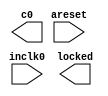
// megafunction wizard: %ALTPLL%VBB%
// GENERATION: STANDARD
// VERSION: WM1.0
// MODULE: altpll 

// ============================================================
// Megafunction Name(s):
// 			altpll
//
// Simulation Library Files(s):
// 			altera_mf
// ============================================================
// ************************************************************
// THIS IS A WIZARD-GENERATED FILE. DO NOT EDIT THIS FILE!
//
// 17.0.0 Build 595 04/25/2017 SJ Lite Edition
// ************************************************************

//Copyright (C) 2017  Intel Corporation. All rights reserved.
//Your use of Intel Corporation's design tools, logic functions 
//and other software and tools, and its AMPP partner logic 
//functions, and any output files from any of the foregoing 
//(including device programming or simulation files), and any 
//associated documentation or information are expressly subject 
//to the terms and conditions of the Intel Program License 
//Subscription Agreement, the Intel Quartus Prime License Agreement,
//the Intel MegaCore Function License Agreement, or other 
//applicable license agreement, including, without limitation, 
//that your use is for the sole purpose of programming logic 
//devices manufactured by Intel and sold by Intel or its 
//authorized distributors.  Please refer to the applicable 
//agreement for further details.

module pll_12bit_44_1kHz (
	areset,
	inclk0,
	c0,
	locked);

	input	  areset;
	input	  inclk0;
	output	  c0;
	output	  locked;
`ifndef ALTERA_RESERVED_QIS
// synopsys translate_off
`endif
	tri0	  areset;
`ifndef ALTERA_RESERVED_QIS
// synopsys translate_on
`endif

endmodule

// ============================================================
// CNX file retrieval info
// ============================================================
// Retrieval info: PRIVATE: ACTIVECLK_CHECK STRING "0"
// Retrieval info: PRIVATE: BANDWIDTH STRING "1.000"
// Retrieval info: PRIVATE: BANDWIDTH_FEATURE_ENABLED STRING "1"
// Retrieval info: PRIVATE: BANDWIDTH_FREQ_UNIT STRING "MHz"
// Retrieval info: PRIVATE: BANDWIDTH_PRESET STRING "Low"
// Retrieval info: PRIVATE: BANDWIDTH_USE_AUTO STRING "1"
// Retrieval info: PRIVATE: BANDWIDTH_USE_PRESET STRING "0"
// Retrieval info: PRIVATE: CLKBAD_SWITCHOVER_CHECK STRING "0"
// Retrieval info: PRIVATE: CLKLOSS_CHECK STRING "0"
// Retrieval info: PRIVATE: CLKSWITCH_CHECK STRING "0"
// Retrieval info: PRIVATE: CNX_NO_COMPENSATE_RADIO STRING "0"
// Retrieval info: PRIVATE: CREATE_CLKBAD_CHECK STRING "0"
// Retrieval info: PRIVATE: CREATE_INCLK1_CHECK STRING "0"
// Retrieval info: PRIVATE: CUR_DEDICATED_CLK STRING "c0"
// Retrieval info: PRIVATE: CUR_FBIN_CLK STRING "c0"
// Retrieval info: PRIVATE: DEVICE_SPEED_GRADE STRING "8"
// Retrieval info: PRIVATE: DIV_FACTOR0 NUMERIC "1"
// Retrieval info: PRIVATE: DUTY_CYCLE0 STRING "50.00000000"
// Retrieval info: PRIVATE: EFF_OUTPUT_FREQ_VALUE0 STRING "180.633606"
// Retrieval info: PRIVATE: EXPLICIT_SWITCHOVER_COUNTER STRING "0"
// Retrieval info: PRIVATE: EXT_FEEDBACK_RADIO STRING "0"
// Retrieval info: PRIVATE: GLOCKED_COUNTER_EDIT_CHANGED STRING "1"
// Retrieval info: PRIVATE: GLOCKED_FEATURE_ENABLED STRING "0"
// Retrieval info: PRIVATE: GLOCKED_MODE_CHECK STRING "0"
// Retrieval info: PRIVATE: GLOCK_COUNTER_EDIT NUMERIC "1048575"
// Retrieval info: PRIVATE: HAS_MANUAL_SWITCHOVER STRING "1"
// Retrieval info: PRIVATE: INCLK0_FREQ_EDIT STRING "50.000"
// Retrieval info: PRIVATE: INCLK0_FREQ_UNIT_COMBO STRING "MHz"
// Retrieval info: PRIVATE: INCLK1_FREQ_EDIT STRING "100.000"
// Retrieval info: PRIVATE: INCLK1_FREQ_EDIT_CHANGED STRING "1"
// Retrieval info: PRIVATE: INCLK1_FREQ_UNIT_CHANGED STRING "1"
// Retrieval info: PRIVATE: INCLK1_FREQ_UNIT_COMBO STRING "MHz"
// Retrieval info: PRIVATE: INTENDED_DEVICE_FAMILY STRING "Cyclone IV E"
// Retrieval info: PRIVATE: INT_FEEDBACK__MODE_RADIO STRING "1"
// Retrieval info: PRIVATE: LOCKED_OUTPUT_CHECK STRING "1"
// Retrieval info: PRIVATE: LONG_SCAN_RADIO STRING "1"
// Retrieval info: PRIVATE: LVDS_MODE_DATA_RATE STRING "Not Available"
// Retrieval info: PRIVATE: LVDS_MODE_DATA_RATE_DIRTY NUMERIC "0"
// Retrieval info: PRIVATE: LVDS_PHASE_SHIFT_UNIT0 STRING "deg"
// Retrieval info: PRIVATE: MIG_DEVICE_SPEED_GRADE STRING "Any"
// Retrieval info: PRIVATE: MIRROR_CLK0 STRING "0"
// Retrieval info: PRIVATE: MULT_FACTOR0 NUMERIC "1"
// Retrieval info: PRIVATE: NORMAL_MODE_RADIO STRING "1"
// Retrieval info: PRIVATE: OUTPUT_FREQ0 STRING "180.63360000"
// Retrieval info: PRIVATE: OUTPUT_FREQ_MODE0 STRING "1"
// Retrieval info: PRIVATE: OUTPUT_FREQ_UNIT0 STRING "MHz"
// Retrieval info: PRIVATE: PHASE_RECONFIG_FEATURE_ENABLED STRING "1"
// Retrieval info: PRIVATE: PHASE_RECONFIG_INPUTS_CHECK STRING "0"
// Retrieval info: PRIVATE: PHASE_SHIFT0 STRING "0.00000000"
// Retrieval info: PRIVATE: PHASE_SHIFT_STEP_ENABLED_CHECK STRING "0"
// Retrieval info: PRIVATE: PHASE_SHIFT_UNIT0 STRING "deg"
// Retrieval info: PRIVATE: PLL_ADVANCED_PARAM_CHECK STRING "0"
// Retrieval info: PRIVATE: PLL_ARESET_CHECK STRING "1"
// Retrieval info: PRIVATE: PLL_AUTOPLL_CHECK NUMERIC "1"
// Retrieval info: PRIVATE: PLL_ENHPLL_CHECK NUMERIC "0"
// Retrieval info: PRIVATE: PLL_FASTPLL_CHECK NUMERIC "0"
// Retrieval info: PRIVATE: PLL_FBMIMIC_CHECK STRING "0"
// Retrieval info: PRIVATE: PLL_LVDS_PLL_CHECK NUMERIC "0"
// Retrieval info: PRIVATE: PLL_PFDENA_CHECK STRING "0"
// Retrieval info: PRIVATE: PLL_TARGET_HARCOPY_CHECK NUMERIC "0"
// Retrieval info: PRIVATE: PRIMARY_CLK_COMBO STRING "inclk0"
// Retrieval info: PRIVATE: RECONFIG_FILE STRING "pll_12bit_44_1kHz.mif"
// Retrieval info: PRIVATE: SACN_INPUTS_CHECK STRING "0"
// Retrieval info: PRIVATE: SCAN_FEATURE_ENABLED STRING "1"
// Retrieval info: PRIVATE: SELF_RESET_LOCK_LOSS STRING "0"
// Retrieval info: PRIVATE: SHORT_SCAN_RADIO STRING "0"
// Retrieval info: PRIVATE: SPREAD_FEATURE_ENABLED STRING "0"
// Retrieval info: PRIVATE: SPREAD_FREQ STRING "50.000"
// Retrieval info: PRIVATE: SPREAD_FREQ_UNIT STRING "KHz"
// Retrieval info: PRIVATE: SPREAD_PERCENT STRING "0.500"
// Retrieval info: PRIVATE: SPREAD_USE STRING "0"
// Retrieval info: PRIVATE: SRC_SYNCH_COMP_RADIO STRING "0"
// Retrieval info: PRIVATE: STICKY_CLK0 STRING "1"
// Retrieval info: PRIVATE: SWITCHOVER_COUNT_EDIT NUMERIC "1"
// Retrieval info: PRIVATE: SWITCHOVER_FEATURE_ENABLED STRING "1"
// Retrieval info: PRIVATE: SYNTH_WRAPPER_GEN_POSTFIX STRING "0"
// Retrieval info: PRIVATE: USE_CLK0 STRING "1"
// Retrieval info: PRIVATE: USE_CLKENA0 STRING "0"
// Retrieval info: PRIVATE: USE_MIL_SPEED_GRADE NUMERIC "0"
// Retrieval info: PRIVATE: ZERO_DELAY_RADIO STRING "0"
// Retrieval info: LIBRARY: altera_mf altera_mf.altera_mf_components.all
// Retrieval info: CONSTANT: BANDWIDTH_TYPE STRING "AUTO"
// Retrieval info: CONSTANT: CLK0_DIVIDE_BY NUMERIC "15625"
// Retrieval info: CONSTANT: CLK0_DUTY_CYCLE NUMERIC "50"
// Retrieval info: CONSTANT: CLK0_MULTIPLY_BY NUMERIC "56448"
// Retrieval info: CONSTANT: CLK0_PHASE_SHIFT STRING "0"
// Retrieval info: CONSTANT: COMPENSATE_CLOCK STRING "CLK0"
// Retrieval info: CONSTANT: INCLK0_INPUT_FREQUENCY NUMERIC "20000"
// Retrieval info: CONSTANT: INTENDED_DEVICE_FAMILY STRING "Cyclone IV E"
// Retrieval info: CONSTANT: LPM_TYPE STRING "altpll"
// Retrieval info: CONSTANT: OPERATION_MODE STRING "NORMAL"
// Retrieval info: CONSTANT: PLL_TYPE STRING "AUTO"
// Retrieval info: CONSTANT: PORT_ACTIVECLOCK STRING "PORT_UNUSED"
// Retrieval info: CONSTANT: PORT_ARESET STRING "PORT_USED"
// Retrieval info: CONSTANT: PORT_CLKBAD0 STRING "PORT_UNUSED"
// Retrieval info: CONSTANT: PORT_CLKBAD1 STRING "PORT_UNUSED"
// Retrieval info: CONSTANT: PORT_CLKLOSS STRING "PORT_UNUSED"
// Retrieval info: CONSTANT: PORT_CLKSWITCH STRING "PORT_UNUSED"
// Retrieval info: CONSTANT: PORT_CONFIGUPDATE STRING "PORT_UNUSED"
// Retrieval info: CONSTANT: PORT_FBIN STRING "PORT_UNUSED"
// Retrieval info: CONSTANT: PORT_INCLK0 STRING "PORT_USED"
// Retrieval info: CONSTANT: PORT_INCLK1 STRING "PORT_UNUSED"
// Retrieval info: CONSTANT: PORT_LOCKED STRING "PORT_USED"
// Retrieval info: CONSTANT: PORT_PFDENA STRING "PORT_UNUSED"
// Retrieval info: CONSTANT: PORT_PHASECOUNTERSELECT STRING "PORT_UNUSED"
// Retrieval info: CONSTANT: PORT_PHASEDONE STRING "PORT_UNUSED"
// Retrieval info: CONSTANT: PORT_PHASESTEP STRING "PORT_UNUSED"
// Retrieval info: CONSTANT: PORT_PHASEUPDOWN STRING "PORT_UNUSED"
// Retrieval info: CONSTANT: PORT_PLLENA STRING "PORT_UNUSED"
// Retrieval info: CONSTANT: PORT_SCANACLR STRING "PORT_UNUSED"
// Retrieval info: CONSTANT: PORT_SCANCLK STRING "PORT_UNUSED"
// Retrieval info: CONSTANT: PORT_SCANCLKENA STRING "PORT_UNUSED"
// Retrieval info: CONSTANT: PORT_SCANDATA STRING "PORT_UNUSED"
// Retrieval info: CONSTANT: PORT_SCANDATAOUT STRING "PORT_UNUSED"
// Retrieval info: CONSTANT: PORT_SCANDONE STRING "PORT_UNUSED"
// Retrieval info: CONSTANT: PORT_SCANREAD STRING "PORT_UNUSED"
// Retrieval info: CONSTANT: PORT_SCANWRITE STRING "PORT_UNUSED"
// Retrieval info: CONSTANT: PORT_clk0 STRING "PORT_USED"
// Retrieval info: CONSTANT: PORT_clk1 STRING "PORT_UNUSED"
// Retrieval info: CONSTANT: PORT_clk2 STRING "PORT_UNUSED"
// Retrieval info: CONSTANT: PORT_clk3 STRING "PORT_UNUSED"
// Retrieval info: CONSTANT: PORT_clk4 STRING "PORT_UNUSED"
// Retrieval info: CONSTANT: PORT_clk5 STRING "PORT_UNUSED"
// Retrieval info: CONSTANT: PORT_clkena0 STRING "PORT_UNUSED"
// Retrieval info: CONSTANT: PORT_clkena1 STRING "PORT_UNUSED"
// Retrieval info: CONSTANT: PORT_clkena2 STRING "PORT_UNUSED"
// Retrieval info: CONSTANT: PORT_clkena3 STRING "PORT_UNUSED"
// Retrieval info: CONSTANT: PORT_clkena4 STRING "PORT_UNUSED"
// Retrieval info: CONSTANT: PORT_clkena5 STRING "PORT_UNUSED"
// Retrieval info: CONSTANT: PORT_extclk0 STRING "PORT_UNUSED"
// Retrieval info: CONSTANT: PORT_extclk1 STRING "PORT_UNUSED"
// Retrieval info: CONSTANT: PORT_extclk2 STRING "PORT_UNUSED"
// Retrieval info: CONSTANT: PORT_extclk3 STRING "PORT_UNUSED"
// Retrieval info: CONSTANT: SELF_RESET_ON_LOSS_LOCK STRING "OFF"
// Retrieval info: CONSTANT: WIDTH_CLOCK NUMERIC "5"
// Retrieval info: USED_PORT: @clk 0 0 5 0 OUTPUT_CLK_EXT VCC "@clk[4..0]"
// Retrieval info: USED_PORT: areset 0 0 0 0 INPUT GND "areset"
// Retrieval info: USED_PORT: c0 0 0 0 0 OUTPUT_CLK_EXT VCC "c0"
// Retrieval info: USED_PORT: inclk0 0 0 0 0 INPUT_CLK_EXT GND "inclk0"
// Retrieval info: USED_PORT: locked 0 0 0 0 OUTPUT GND "locked"
// Retrieval info: CONNECT: @areset 0 0 0 0 areset 0 0 0 0
// Retrieval info: CONNECT: @inclk 0 0 1 1 GND 0 0 0 0
// Retrieval info: CONNECT: @inclk 0 0 1 0 inclk0 0 0 0 0
// Retrieval info: CONNECT: c0 0 0 0 0 @clk 0 0 1 0
// Retrieval info: CONNECT: locked 0 0 0 0 @locked 0 0 0 0
// Retrieval info: GEN_FILE: TYPE_NORMAL pll_12bit_44_1kHz.v TRUE
// Retrieval info: GEN_FILE: TYPE_NORMAL pll_12bit_44_1kHz.ppf TRUE
// Retrieval info: GEN_FILE: TYPE_NORMAL pll_12bit_44_1kHz.inc TRUE
// Retrieval info: GEN_FILE: TYPE_NORMAL pll_12bit_44_1kHz.cmp TRUE
// Retrieval info: GEN_FILE: TYPE_NORMAL pll_12bit_44_1kHz.bsf TRUE
// Retrieval info: GEN_FILE: TYPE_NORMAL pll_12bit_44_1kHz_inst.v TRUE
// Retrieval info: GEN_FILE: TYPE_NORMAL pll_12bit_44_1kHz_bb.v TRUE
// Retrieval info: LIB_FILE: altera_mf
// Retrieval info: CBX_MODULE_PREFIX: ON